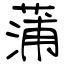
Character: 蒲